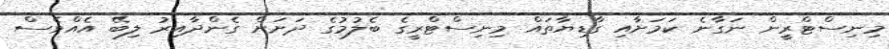
މިނިސްޓްރީން ނަގާނެ ކަމަށާއި ގާޑިޔާތައް މިނިސްޓްރީގެ ބެލުމުގެ ދަށަށް ގެންދާއިރު ލިބޭ އެއްވެސް